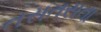
તસતસતા